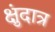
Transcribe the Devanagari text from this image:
क्षुंदात्र